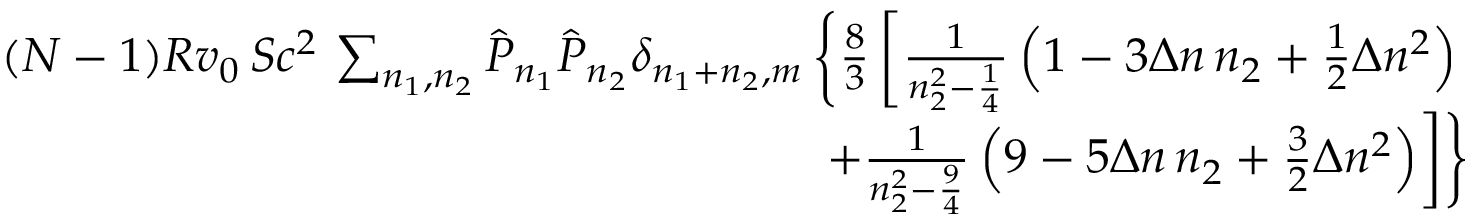
\begin{array} { r l r } & { } & { ( N - 1 ) R v _ { 0 } \, S c ^ { 2 } \, \sum _ { n _ { 1 } , n _ { 2 } } \hat { P } _ { n _ { 1 } } \hat { P } _ { n _ { 2 } } \delta _ { n _ { 1 } + n _ { 2 } , m } \left\{ { \frac { 8 } { 3 } } \left[ { \frac { 1 } { n _ { 2 } ^ { 2 } - { \frac { 1 } { 4 } } } } \left( 1 - 3 \Delta n \, n _ { 2 } + { \frac { 1 } { 2 } } \Delta n ^ { 2 } \right) \right. \right. } \\ & { } & { \left. \left. + { \frac { 1 } { n _ { 2 } ^ { 2 } - { \frac { 9 } { 4 } } } } \left( 9 - 5 \Delta n \, n _ { 2 } + { \frac { 3 } { 2 } } \Delta n ^ { 2 } \right) \right] \right\} } \end{array}